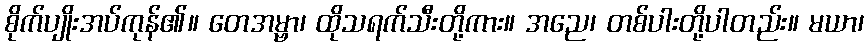
စိုက်ပျိုးအပ်ကုန်၏။ တေအမ္ဗာ၊ ထိုသရက်သီးတို့ကား။ အညေ၊ တစ်ပါးတို့ပါတည်း။ မယာ၊